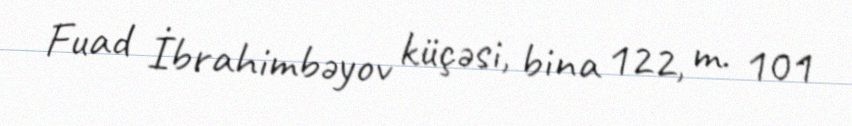
Fuad İbrahimbəyov küçəsi, bina 122, m. 101